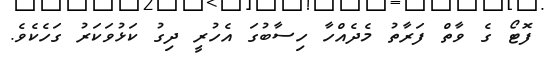
ފޮޓޯ ގެ ވާތް ފަރާތު މެދެއްހާ ހިސާބުގަ އެހުރީ ދިގު ކަޅުވަކަރު ގަހެކެވެ.